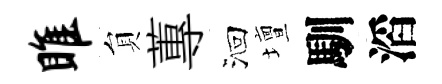
雎貟蓴洄壇馴滔